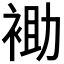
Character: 𰳾